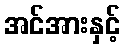
အင်အားနှင့်